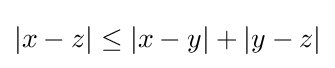
|x-z|\leq |x-y|+|y-z|